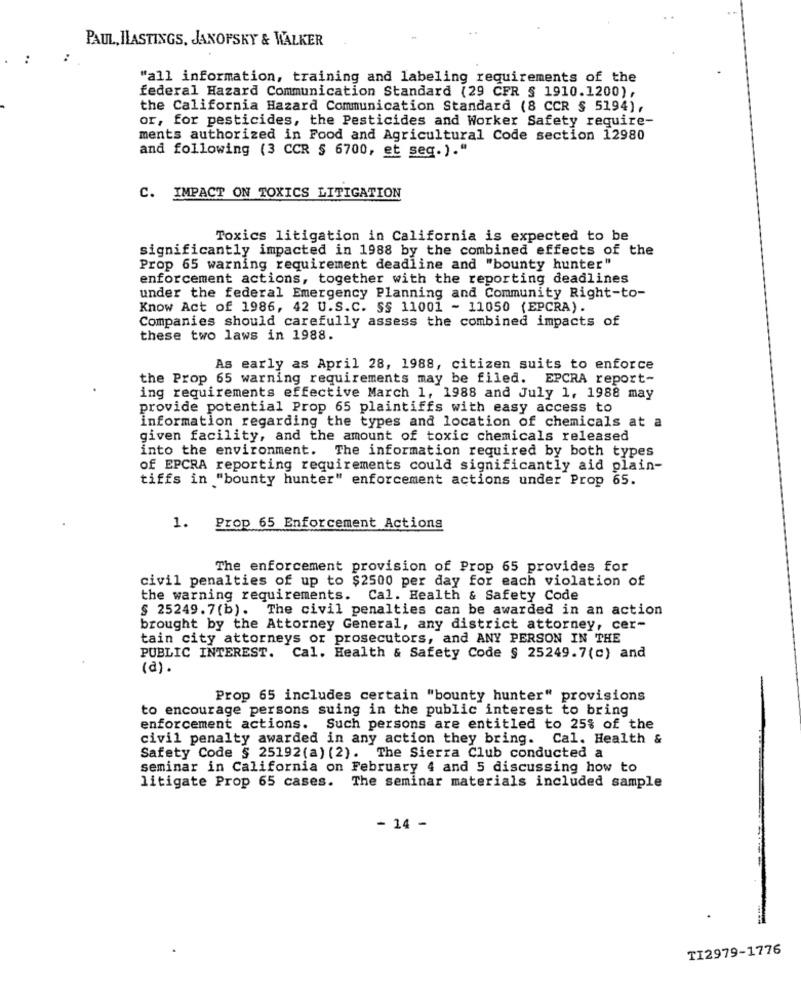
PAUL, ILASTINGS, JANOFSKY & WALKER
"all information, training and labeling requirements of the
federal Hazard Communication Standard (29 CFR § 1910.1200),
the California Hazard Communication Standard (8 CCR $ 5194),
or, for pesticides, the Pesticides and Worker Safety require-
ments authorized in Food and Agricultural Code section 12980
and following (3 CCR 5 6700, et seq. )."
C. IMPACT ON TOXICS LITIGATION
Toxics litigation in California is expected to be
significantly impacted in 1988 by the combined effects of the
Prop 65 warning requirement deadline and "bounty hunter"
enforcement actions, together with the reporting deadlines
under the federal Emergency Planning and Community Right-to-
Know Act of 1986, 42 U.S.C. SS 11001 - 11050 (EPCRA).
Companies should carefully assess the combined impacts of
these two laws in 1988.
As early as April 28, 1988, citizen suits to enforce
the Prop 65 warning requirements may be filed. EPCRA report-
ing requirements effective March 1, 1988 and July 1, 1988 may
provide potential Prop 65 plaintiffs with easy access to
information regarding the types and location of chemicals at a
given facility, and the amount of toxic chemicals released
into the environment. The information required by both types
of EPCRA reporting requirements could significantly aid plain-
tiffs in "bounty hunter" enforcement actions under Prop 65.
1. Prop 65 Enforcement Actions
The enforcement provision of Prop 65 provides for
civil penalties of up to $2500 per day for each violation of
the warning requirements. Cal. Health & Safety Code
§ 25249.7(b). The civil penalties can be awarded in an action
brought by the Attorney General, any district attorney, cer-
tain city attorneys or prosecutors, and ANY PERSON IN THE
PUBLIC INTEREST. Cal. Health & Safety Code § 25249.7(c) and
(d).
Prop 65 includes certain "bounty hunter" provisions
to encourage persons suing in the public interest to bring
enforcement actions. Such persons are entitled to 25% of the
civil penalty awarded in any action they bring. Cal. Health &
Safety Code § 25192(a) (2). The Sierra Club conducted a
seminar in California on February 4 and 5 discussing how to
litigate Prop 65 cases. The seminar materials included sample
- 14 -
TI2979-1776